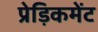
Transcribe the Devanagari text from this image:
प्रेड़िकमेंट